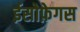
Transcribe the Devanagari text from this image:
ईसोफ़ेगस